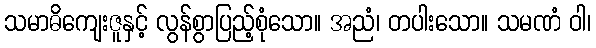
သမာဓိကျေးဇူနှင့် လွန်စွာပြည့်စုံသော။ အညံ၊ တပါးသော။ သမဏံ ဝါ၊